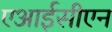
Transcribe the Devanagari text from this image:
एआईसीएन